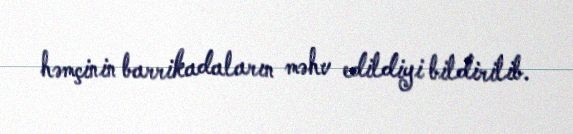
həmçinin barrikadaların məhv edildiyi bildirilib.